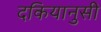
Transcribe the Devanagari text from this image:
दकियानुसी